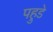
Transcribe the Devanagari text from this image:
पहुडे